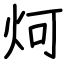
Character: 炣